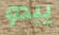
يبدو